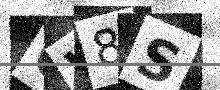
Text: OW8S